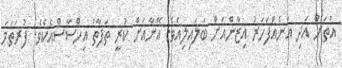
އަތަށް އަދި އަނެއްފަހަރު އިޒާންއަށް ބަލައިލިއެވެ. އޭނާއަށް ކުރީ ތަފާތު އިހްސާސްއެކެވެ. ފުރަތަމަ